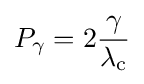
P_{\gamma }=2{\frac {\gamma }{\lambda _{\rm {c}}}}